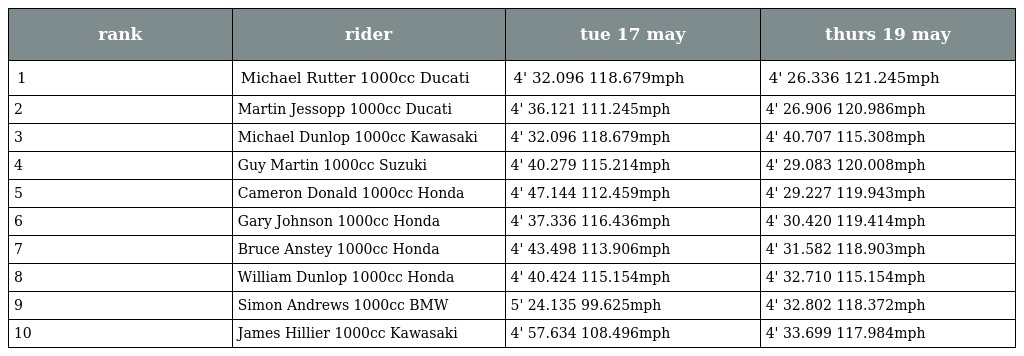
| rank | rider | tue 17 may | thurs 19 may |
 | --- | --- | --- | --- |
 | 1 | Michael Rutter 1000cc Ducati | 4' 32.096 118.679mph | 4' 26.336 121.245mph |
 | 2 | Martin Jessopp 1000cc Ducati | 4' 36.121 111.245mph | 4' 26.906 120.986mph |
 | 3 | Michael Dunlop 1000cc Kawasaki | 4' 32.096 118.679mph | 4' 40.707 115.308mph |
 | 4 | Guy Martin 1000cc Suzuki | 4' 40.279 115.214mph | 4' 29.083 120.008mph |
 | 5 | Cameron Donald 1000cc Honda | 4' 47.144 112.459mph | 4' 29.227 119.943mph |
 | 6 | Gary Johnson 1000cc Honda | 4' 37.336 116.436mph | 4' 30.420 119.414mph |
 | 7 | Bruce Anstey 1000cc Honda | 4' 43.498 113.906mph | 4' 31.582 118.903mph |
 | 8 | William Dunlop 1000cc Honda | 4' 40.424 115.154mph | 4' 32.710 115.154mph |
 | 9 | Simon Andrews 1000cc BMW | 5' 24.135 99.625mph | 4' 32.802 118.372mph |
 | 10 | James Hillier 1000cc Kawasaki | 4' 57.634 108.496mph | 4' 33.699 117.984mph |